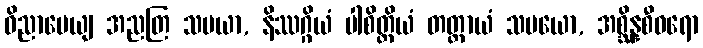
ဝိညာပေယျ အညတြ သမယာ, နိဿဂ္ဂိယံ ပါစိတ္တိယံ တတ္ထာယံ သမယော, အစ္ဆိန္နစီဝရော